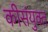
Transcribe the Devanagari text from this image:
कीसंयुक्त